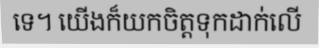
ទេ។ យើងក៏យកចិត្តទុកដាក់លើ